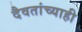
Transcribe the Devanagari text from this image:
दैवतांच्याही